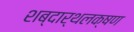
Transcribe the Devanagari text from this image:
शब्दार्थलक्षण